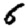
Digit: 6